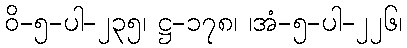
ဝိ-၅-ပါ-၂၃၅၊ ဋ္ဌ-၁၇၈၊ ၊အံ-၅-ပါ-၂၂၆၊